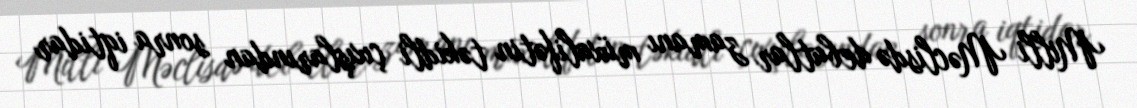
Milli Məclisdə debatlar zamanı müxalifətin təkidli çıxışlarından sonra iqtidar